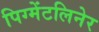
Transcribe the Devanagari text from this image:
पिग्मेंटलिनेर